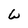
Character: W